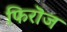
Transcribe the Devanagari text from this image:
फिरॊज